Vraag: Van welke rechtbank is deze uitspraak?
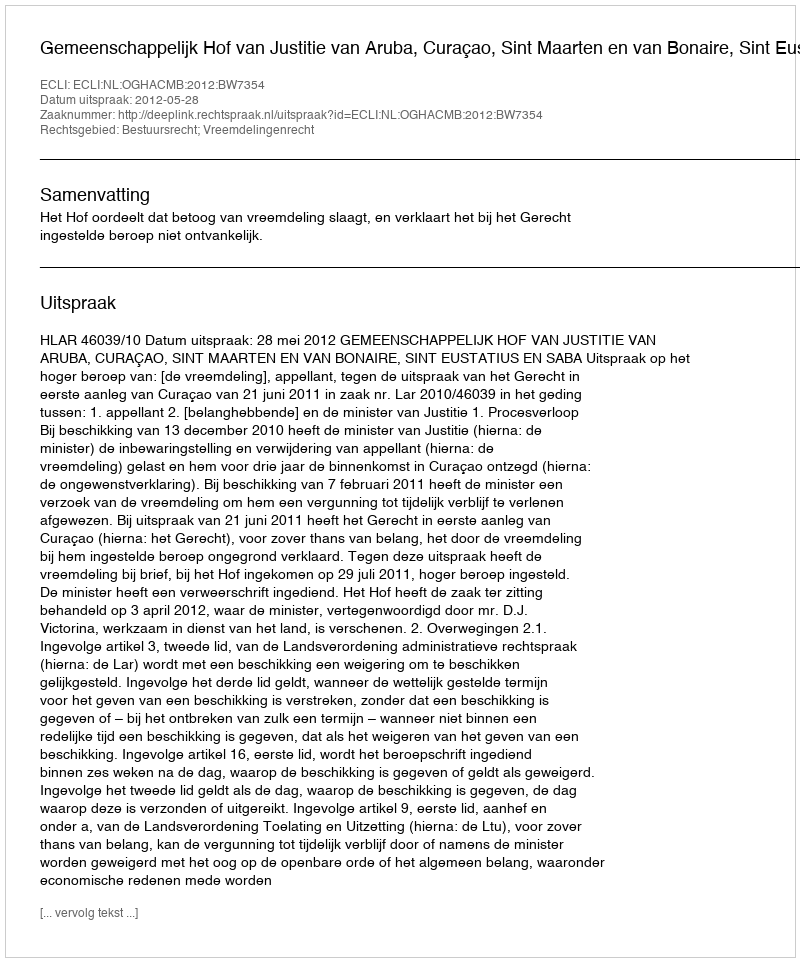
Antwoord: Gemeenschappelijk Hof van Justitie van Aruba, Curaçao, Sint Maarten en van Bonaire, Sint Eustatius en Saba